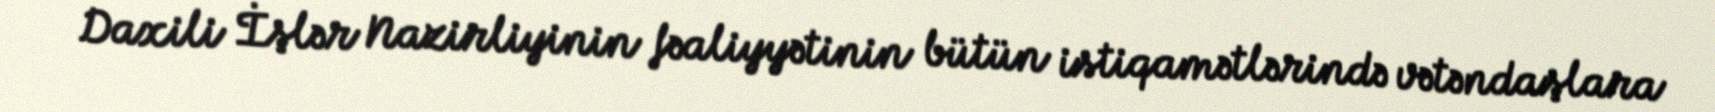
Daxili İşlər Nazirliyinin fəaliyyətinin bütün istiqamətlərində vətəndaşlara